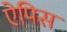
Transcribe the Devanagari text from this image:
ऐपिस